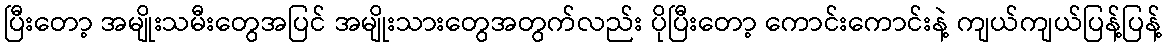
ပြီးတော့ အမျိုးသမီးတွေအပြင် အမျိုးသားတွေအတွက်လည်း ပိုပြီးတော့ ကောင်းကောင်းနဲ့ ကျယ်ကျယ်ပြန့်ပြန့်